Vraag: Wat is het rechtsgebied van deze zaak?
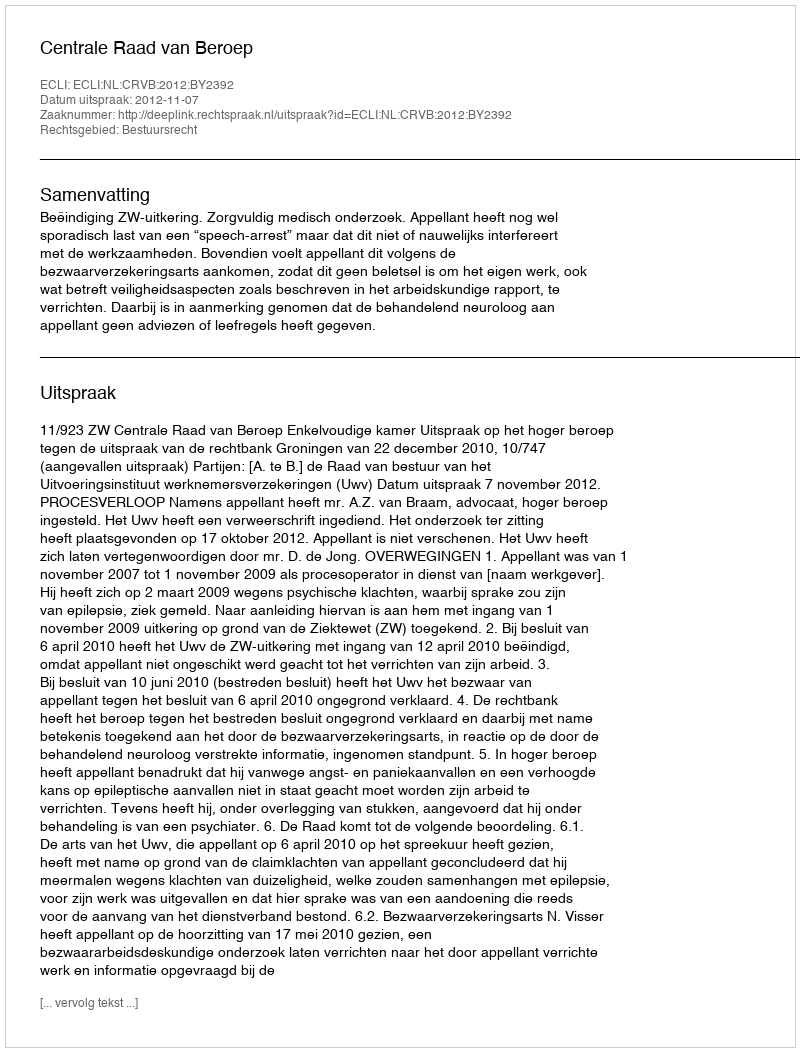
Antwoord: Bestuursrecht